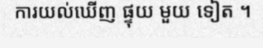
ការយល់ឃើញ ផ្ទុយ មួយ ទៀត ។